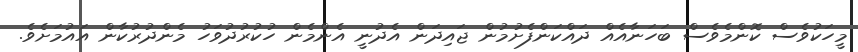
މީހަކުވެސް ކޮންމެވެސް ބަހަނާއެއް ދައްކަންފެށުމުން ޖައިދަން އެދުނީ އެންމެން ހުކުރުދުވަހު މެންދުރުކާން އައުމަށެވެ.